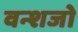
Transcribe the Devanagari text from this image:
वन्शजो